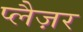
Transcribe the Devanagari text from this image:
प्लैज़र